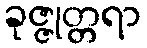
ခုဇ္ဇုတ္တရာ